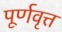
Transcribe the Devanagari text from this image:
पूर्णवृत्त